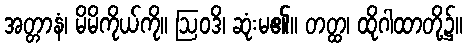
အတ္တာနံ၊ မိမိကိုယ်ကို။ ဩဝဒိ၊ ဆုံးမ၏။ တတ္ထ၊ ထိုဂါထာတို့၌။